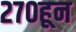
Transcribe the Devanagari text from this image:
२७०हून